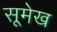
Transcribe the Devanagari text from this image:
सूमेख